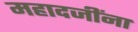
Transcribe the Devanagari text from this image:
महादजींना